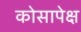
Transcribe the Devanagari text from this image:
कोसापेक्ष